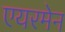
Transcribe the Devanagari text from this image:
एयरमेन